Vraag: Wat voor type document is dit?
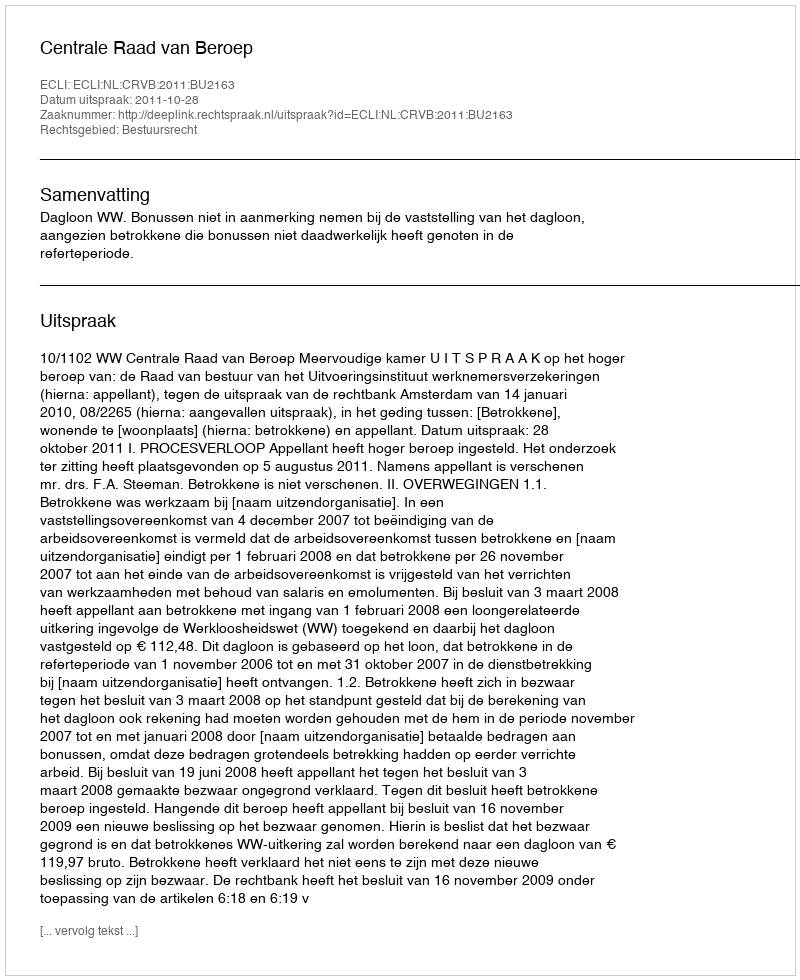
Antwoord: Uitspraak